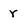
Character: r